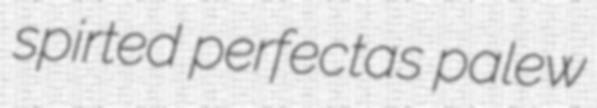
spirted perfectas palew